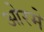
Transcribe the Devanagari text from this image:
ओरमे